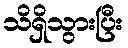
သိရှိသွားပြီး